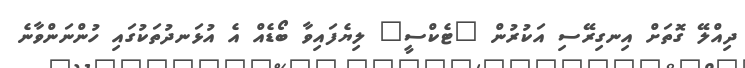
ދިއްލޭ ގޮތަށް އިނގިރޭސި އަކުރުން "ޓެކްސީ" ލިޔެފައިވާ ބޯޑެއް އެ އުޅަނދުތަކުގައި ހުންނަންވާނެ